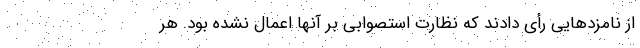
از نامزدهایی رأی دادند که نظارت استصوابی بر آنها اعمال نشده بود. هر